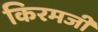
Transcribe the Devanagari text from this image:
किरमजी